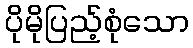
ပိုမိုပြည့်စုံသော